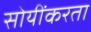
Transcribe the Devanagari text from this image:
सोयींकरता